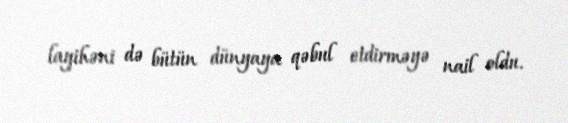
layihəni də bütün dünyaya qəbul etdirməyə nail oldu.